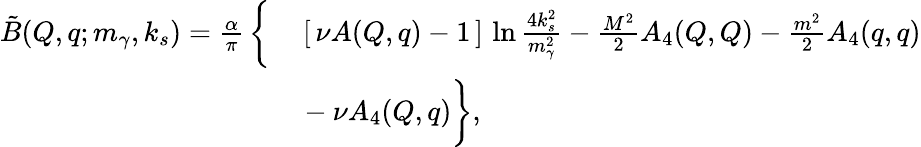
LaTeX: \begin{array}{rl}{{\tilde{B}(Q,q;m_{\gamma},k_{s})=\frac{\alpha}{\pi}\, \bigg\{ }}&{{}{{}\left[\, \nu A(Q,q)-1\, \right]\, \ln\frac{4k_{s}^{2}}{m_{\gamma}^{2}}-\frac{M^{2}}{2}A_{4}(Q,Q)-\frac{m^{2}}{2}A_{4}(q,q)}}\\ {{}}&{{}{{}-\nu A_{4}(Q,q)\bigg\} ,}}\end{array}